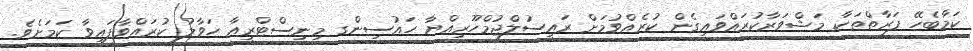
ކަމާބެހޭ ފަރާތްތަކާ މަޝްވަރާކުރައްވައިގެން ކުރެއްވުމަށް ރައީސުލްޖުމްހޫރިއްޔާ ހައުސިންގ މިނިސްޓްރީއާ ހަވާލު ކުރައްވާފައިވާ ކަމަށެވެ.